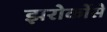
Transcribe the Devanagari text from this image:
झरोकोंसे